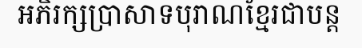
អភិរក្សប្រាសាទបុរាណខ្មែរជាបន្ត